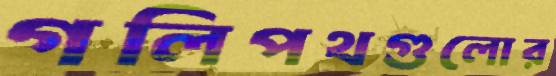
গলিপথগুলোর